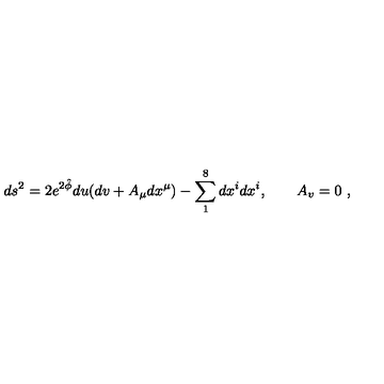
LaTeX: d s ^ { 2 } = 2 e ^ { 2 \hat { \phi } } d u ( d v + A _ { \mu } d x ^ { \mu } ) - \sum _ { 1 } ^ { 8 } d x ^ { i } d x ^ { i } , \qquad A _ { v } = 0 \ ,